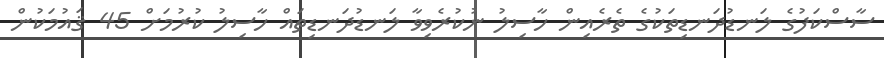
ސާސްކަފުގެ ލަނޑުދަނޑިތަކުގެ ތެރެއިން ހާސިލު ނުކުރެވިވާ ލަނޑުދަނޑިތައް ހާސިލު ކުރުމަށް 45 ޤައުމަކުން